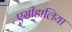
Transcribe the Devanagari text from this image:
एसीडालिया